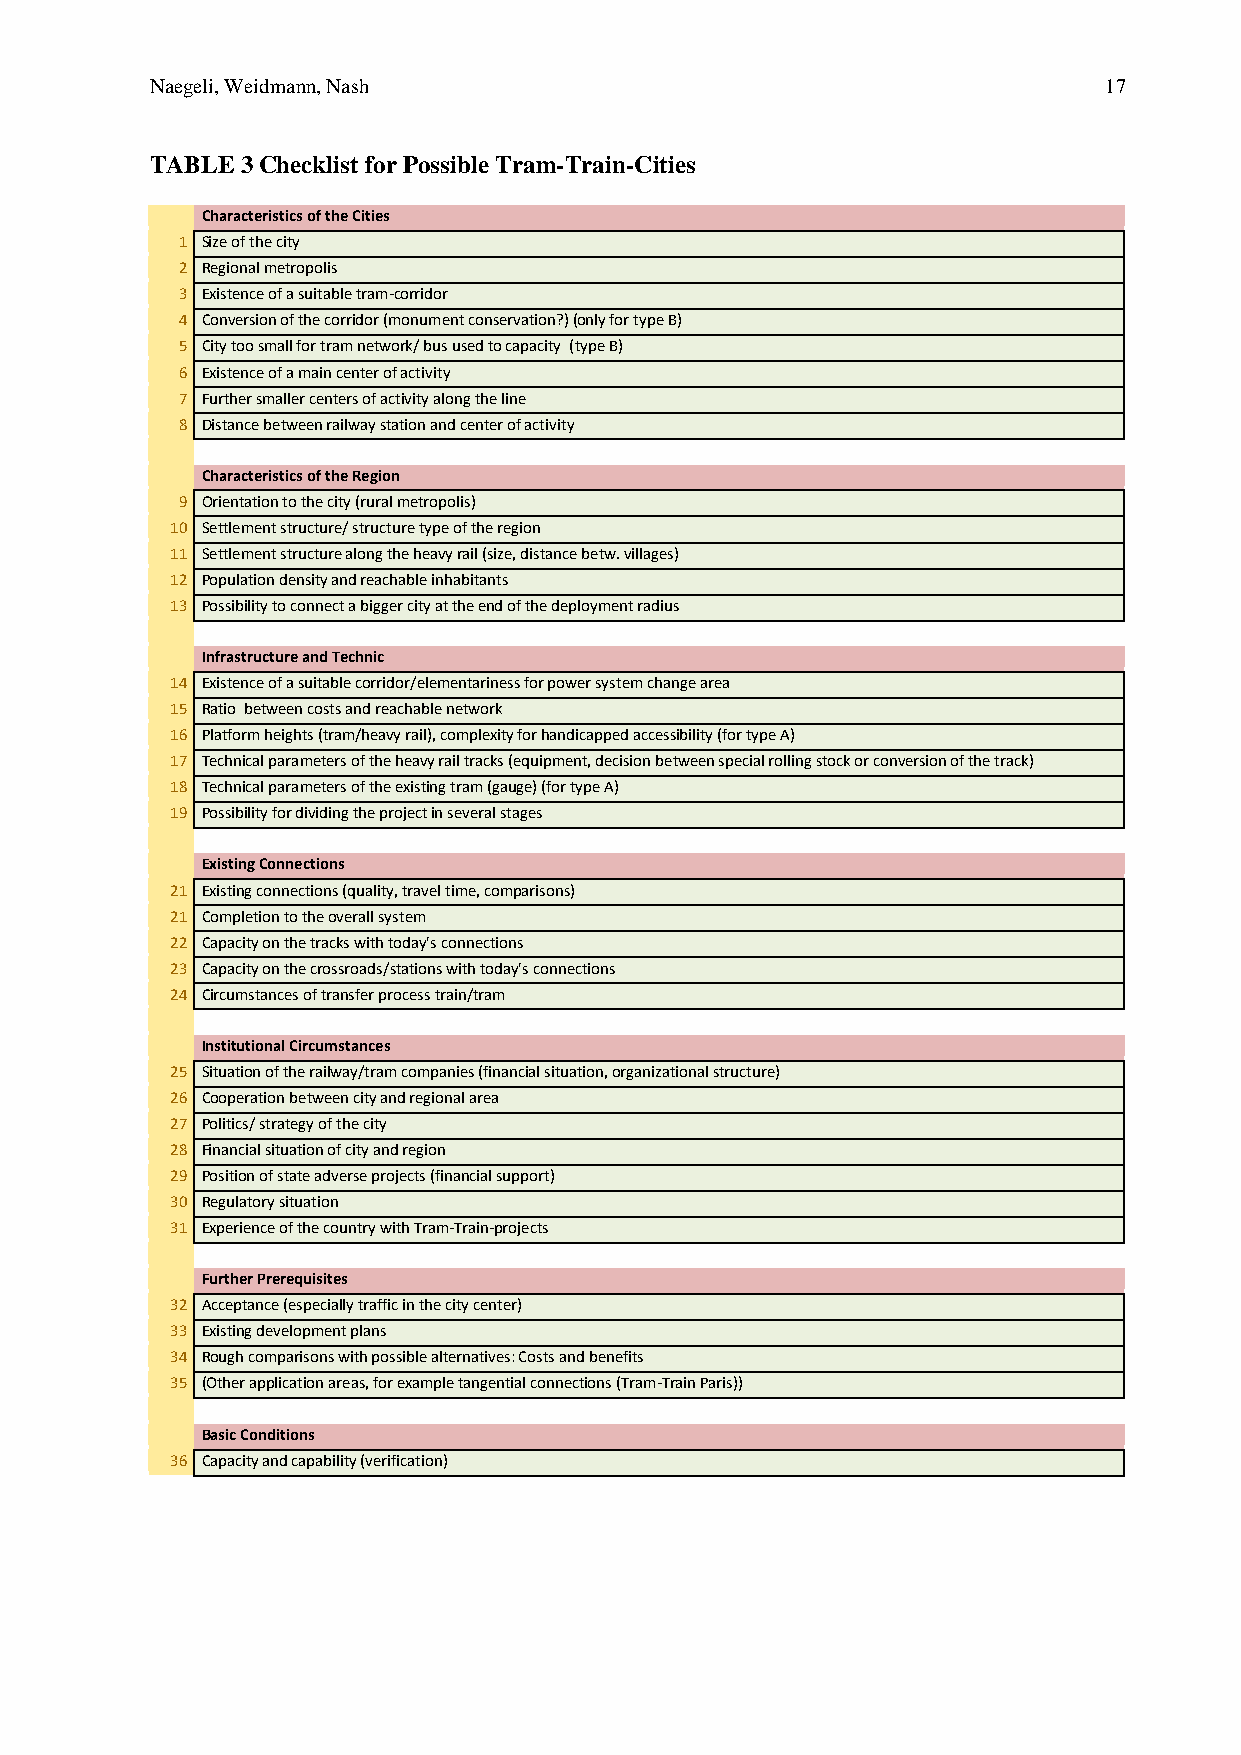
Naegeli, Weidmann, Nash                                        17
 TABLE 3 Checklist for Possible Tram-Train-Cities
 Characteristics of the Cities
 1 Size of the city
 2 Regional metropolis
 3 Existence of a suitable tram-corridor
 4 Conversion of the corridor (monument conservation?) (only for type B)
 5 City too small for tram network/ bus used to capacity (type B)
 6 Existence of a main center of activity
 7 Further smaller centers of activity along the line
 8 Distance between railway station and center of activity
 Characteristics of the Region
 9 Orientation to the city (rural metropolis)
 10 Settlement structure/ structure type of the region
 11 Settlement structure along the heavy rail (size, distance betw. villages)
 12 Population density and reachable inhabitants
 13 Possibility to connect a bigger city at the end of the deployment radius
 Infrastructure and Technic
 14 Existence of a suitable corridor/elementariness for power system change area
 15 Ratio between costs and reachable network
 16 Platform heights (tram/heavy rail), complexity for handicapped accessibility (for type A)
 17 Technical parameters of the heavy rail tracks (equipment, decision between special rolling stock or conversion of the track)
 18 Technical parameters of the existing tram (gauge) (for type A)
 19 Possibility for dividing the project in several stages
 Existing Connections
 21 Existing connections (quality, travel time, comparisons)
 21 Completion to the overall system
 22 Capacity on the tracks with today's connections
 23 Capacity on the crossroads/stations with today's connections
 24 Circumstances of transfer process train/tram
 Institutional Circumstances
 25 Situation of the railway/tram companies (financial situation, organizational structure)
 26 Cooperation between city and regional area
 27 Politics/ strategy of the city
 28 Financial situation of city and region
 29 Position of state adverse projects (financial support)
 30 Regulatory situation
 31 Experience of the country with Tram-Train-projects
 Further Prerequisites
 32 Acceptance (especially traffic in the city center)
 33 Existing development plans
 34 Rough comparisons with possible alternatives: Costs and benefits
 35 (Other application areas, for example tangential connections (Tram-Train Paris))
 Basic Conditions
 36 Capacity and capability (verification)